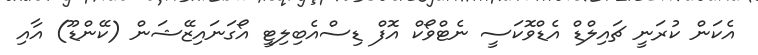
އެކަން ކުރަނީ ޗައިލްޑް އެޑްވޮކަސީ ނެޓްވޯކް އޮފް ޑިސްއެބިލިޓީ އޯގަނައިޒޭޝަން (ކޭންޑޫ) އާއި